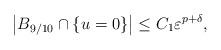
LaTeX: \begin{align*}\left|B_{9/10}\cap \left\{u=0\right\}\right|\le C_1\varepsilon^{p+\delta},\end{align*}